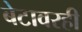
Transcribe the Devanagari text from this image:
बेटावरही